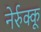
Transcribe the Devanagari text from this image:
नेर्रुक्कू